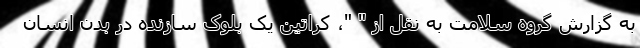
به گزارش گروه سلامت به نقل از " "، کراتین یک بلوک سازنده در بدن انسان